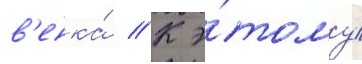
в'енка́ // К э́тому